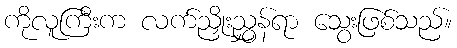
ကိုလူကြီးက လက်ညှိုးညွှန်ရာ သွေးဖြစ်သည်။